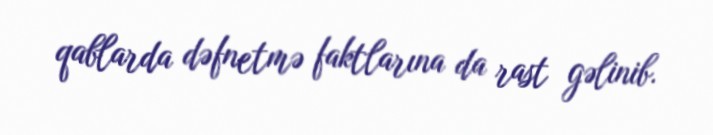
qablarda dəfnetmə faktlarına da rast gəlinib.